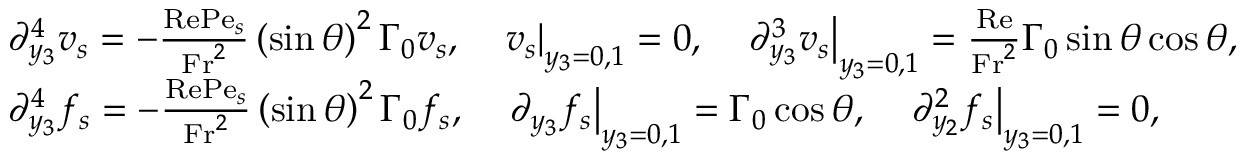
\begin{array} { r l } & { \partial _ { y _ { 3 } } ^ { 4 } v _ { s } = - \frac { \mathrm { R e } \mathrm { P e } _ { s } } { \mathrm { F r } ^ { 2 } } \left( \sin \theta \right) ^ { 2 } \Gamma _ { 0 } v _ { s } , \quad \left. v _ { s } \right| _ { y _ { 3 } = 0 , 1 } = 0 , \quad \left. \partial _ { y _ { 3 } } ^ { 3 } v _ { s } \right| _ { y _ { 3 } = 0 , 1 } = \frac { \mathrm { R e } } { \mathrm { F r } ^ { 2 } } \Gamma _ { 0 } \sin \theta \cos \theta , } \\ & { \partial _ { y _ { 3 } } ^ { 4 } f _ { s } = - \frac { \mathrm { R e } \mathrm { P e } _ { s } } { \mathrm { F r } ^ { 2 } } \left( \sin \theta \right) ^ { 2 } \Gamma _ { 0 } f _ { s } , \quad \left. \partial _ { y _ { 3 } } f _ { s } \right| _ { y _ { 3 } = 0 , 1 } = \Gamma _ { 0 } \cos \theta , \quad \left. \partial _ { y _ { 2 } } ^ { 2 } f _ { s } \right| _ { y _ { 3 } = 0 , 1 } = 0 , } \end{array}